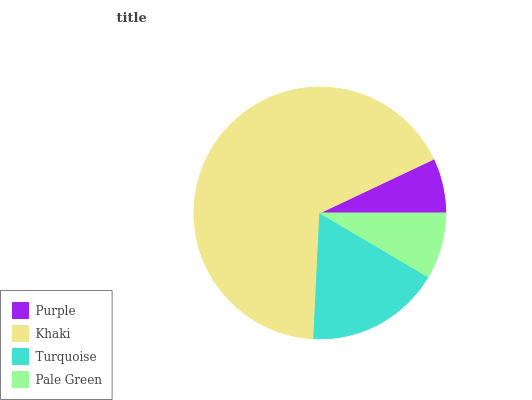
| Purple | Khaki | Turquoise | Pale Green |
 | --- | --- | --- | --- |
 | 7.02% | 67.2% | 17.3% | 8.47% |